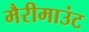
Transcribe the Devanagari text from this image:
मैरीमाउंट